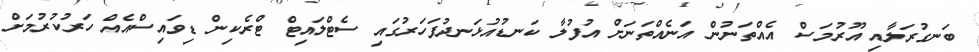
ބަނގުރަލާއި އޫރުމަސް އެއްތަނުން އަނެއްތަނަށް އުފުލާ ކަނޑުއުޅަނދުފަހަރުގައި ސެޓްލައިޓް ޓްރެކިން ޑިވައިސްއެއް ހަރުކުރުމަށް